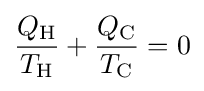
{\frac {Q_{\rm {H}}}{T_{\rm {H}}}}+{\frac {Q_{\rm {C}}}{T_{\rm {C}}}}=0